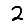
Digit: 2